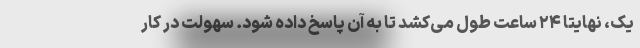
یک، نهایتا ۲۴ ساعت طول می‌کشد تا به آن پاسخ داده شود. سهولت در کار